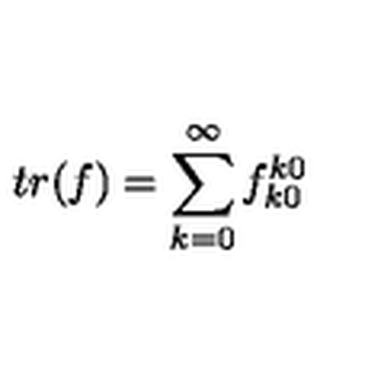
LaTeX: t r ( f ) = \sum _ { k = 0 } ^ { \infty } f _ { k 0 } ^ { k 0 }